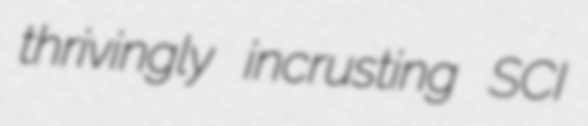
thrivingly incrusting SCI